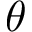
\boldsymbol { \theta }